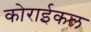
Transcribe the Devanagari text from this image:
कोराईकल